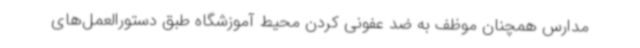
مدارس همچنان موظف به ضد عفونی کردن محیط آموزشگاه طبق دستورالعمل‌های